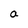
Character: a